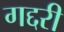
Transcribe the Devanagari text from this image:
गद्दरी